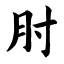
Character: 肘